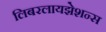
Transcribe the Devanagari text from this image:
लिबरलायझेशन्स